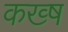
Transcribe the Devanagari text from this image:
कख्ष